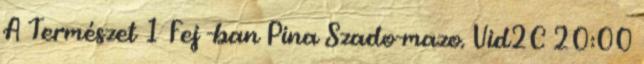
A Természet 1 Fej -ban Pina Szado-mazo. Vid2C 20:00